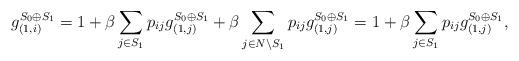
LaTeX: \begin{align*}g^{S_0 \oplus S_1}_{(1, i)} & = 1 + \beta \sum_{j \in S_1} p_{ij}g^{S_0 \oplus S_1}_{(1, j)}+ \beta \sum_{j \in N \setminus S_1} p_{ij}g^{S_0 \oplus S_1}_{(1, j)} = 1 + \beta \sum_{j \in S_1} p_{ij} g^{S_0 \oplus S_1}_{(1, j)},\end{align*}